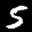
Digit: 5